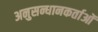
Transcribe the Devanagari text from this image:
अनुसन्धानकर्ताओं